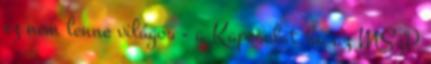
ez nem lenne világos - a Kapcsolat.hu az MSzP